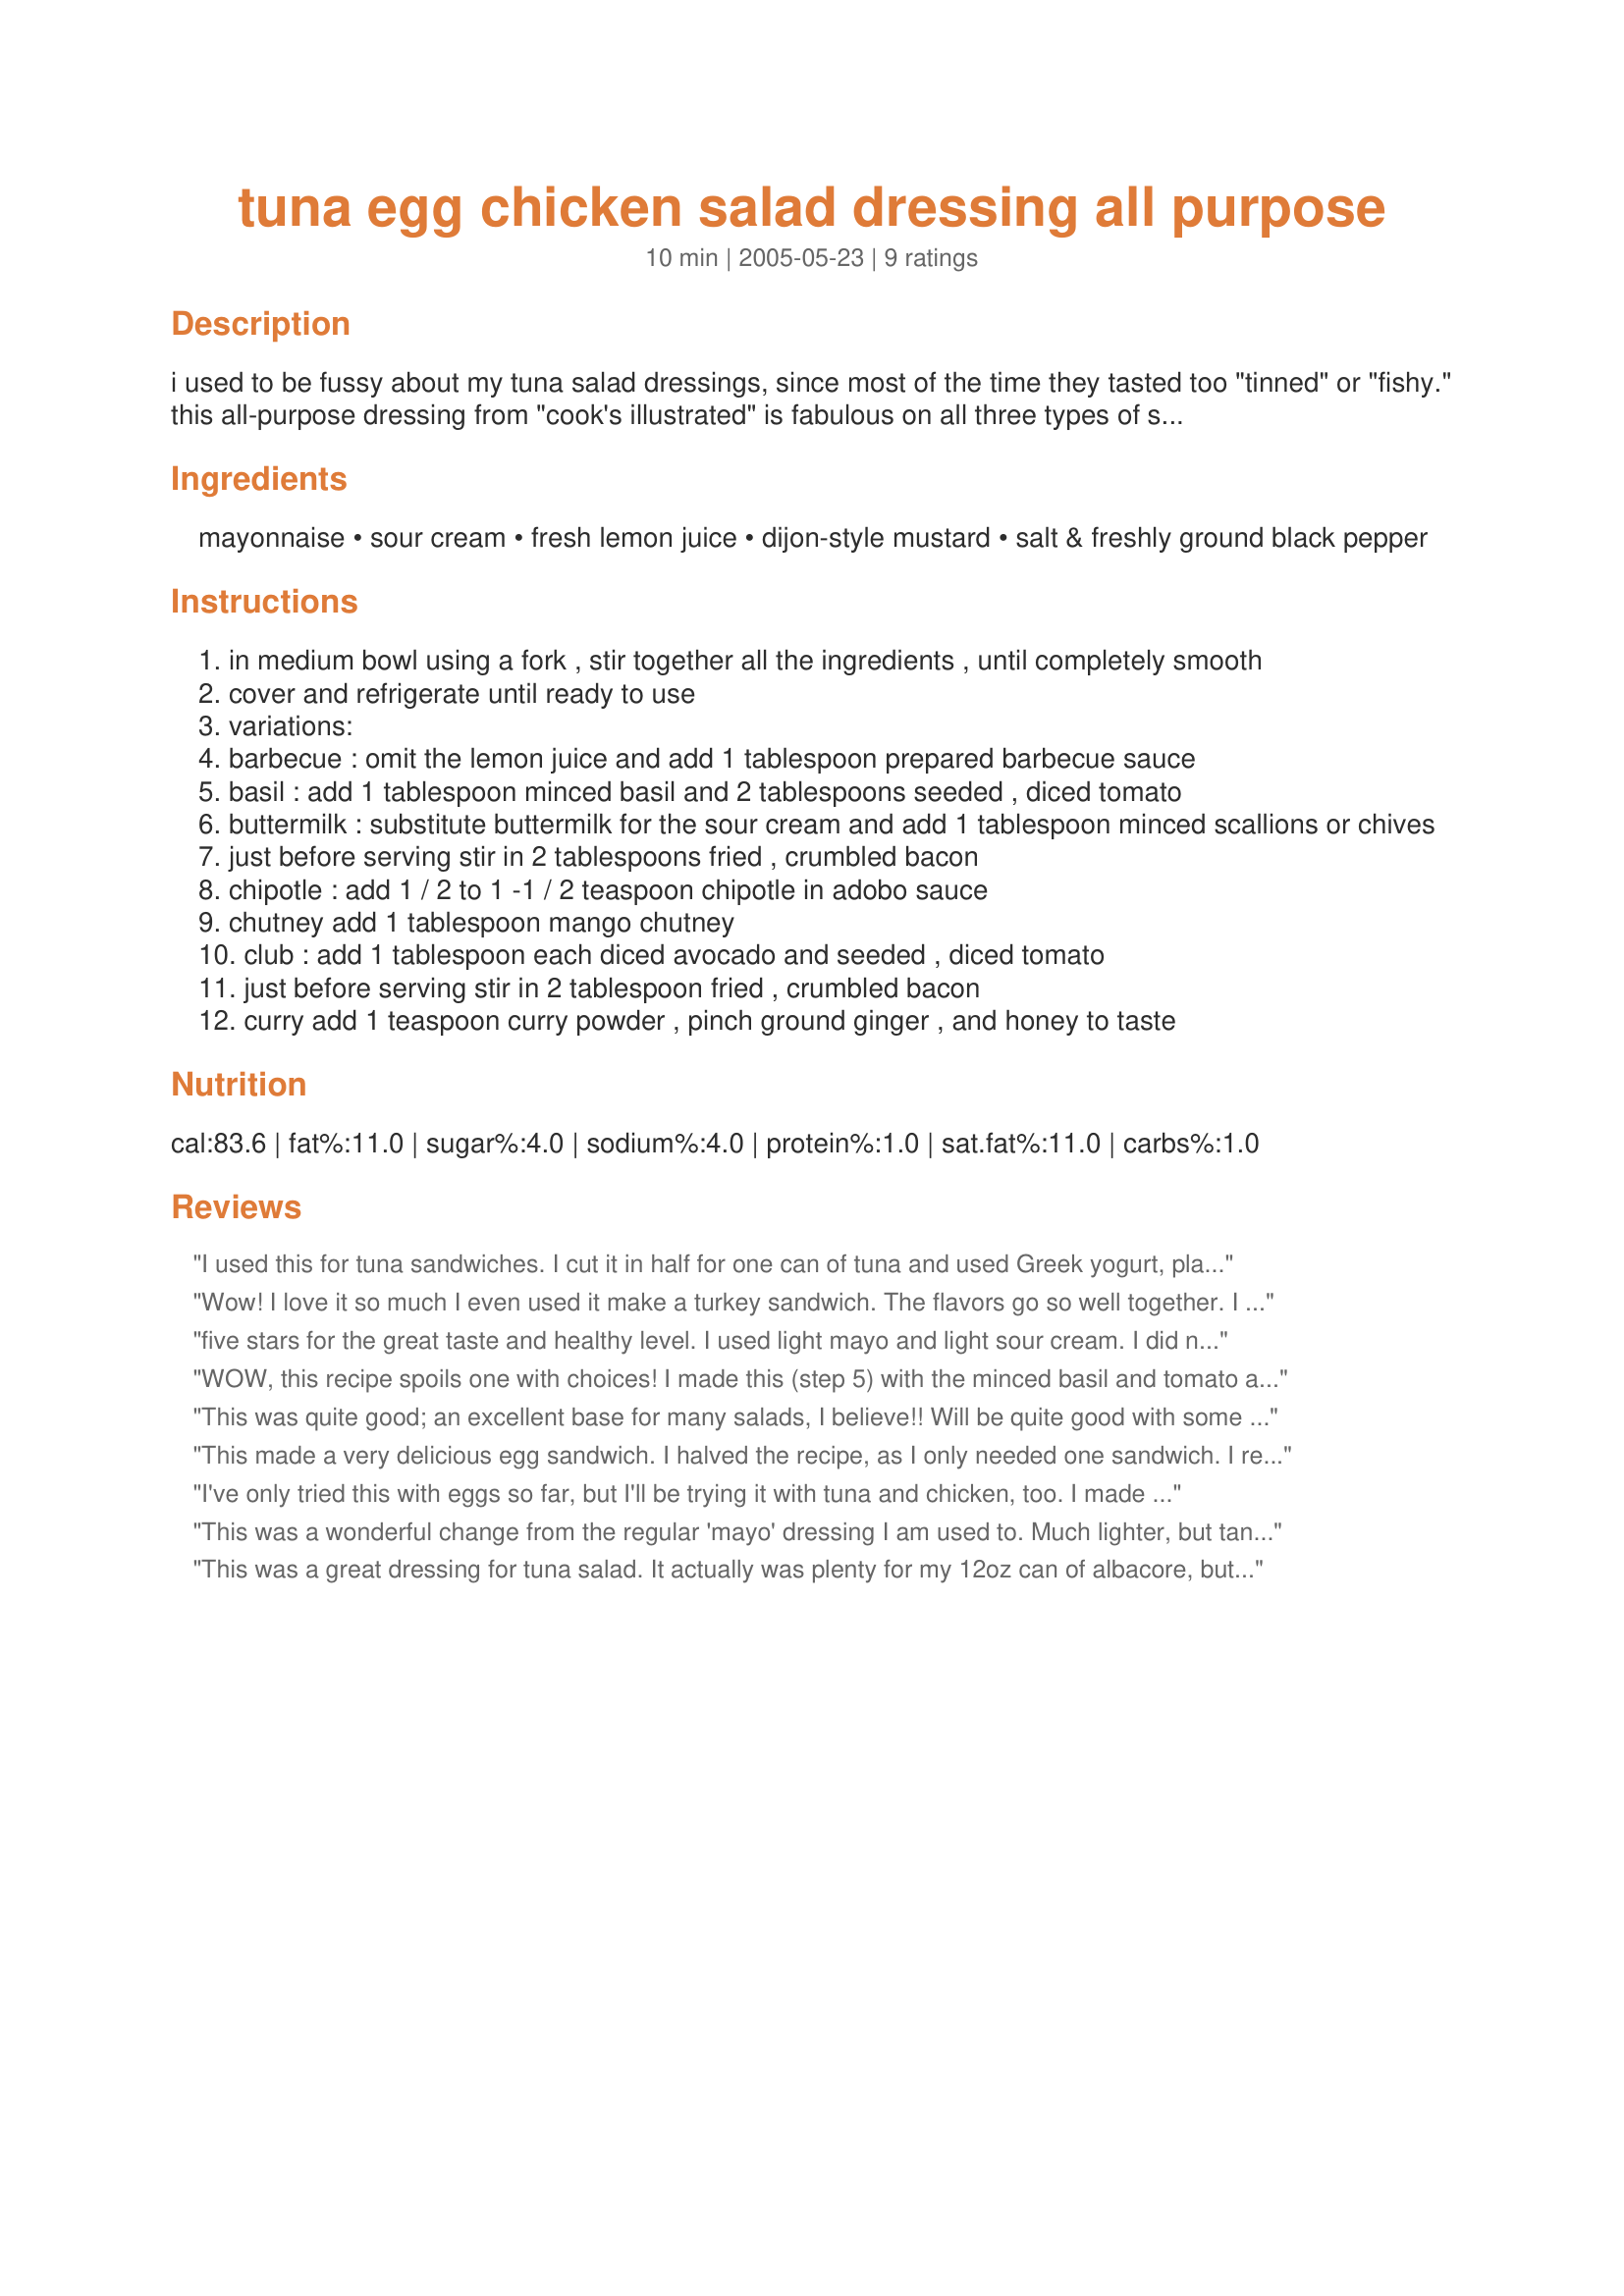
tuna egg chicken salad dressing all purpose
Preparation time: 10 minutes

i used to be fussy about my tuna salad dressings, since most of the time they tasted too "tinned" or "fishy." this all-purpose dressing from "cook's illustrated" is fabulous on all three types of sandwich fillings. listed are the variations suggested for each filling. recipe makes 1/4 cup (enough for one 6 ounce can tuna) but can be doubled or tripled.

Ingredients:
mayonnaise, sour cream, fresh lemon juice, dijon-style mustard, salt & freshly ground black pepper

Steps:
in medium bowl using a fork , stir together all the ingredients , until completely smooth
cover and refrigerate until ready to use
variations:
barbecue : omit the lemon juice and add 1 tablespoon prepared barbecue sauce
basil : add 1 tablespoon minced basil and 2 tablespoons seeded , diced tomato
buttermilk : substitute buttermilk for the sour cream and add 1 tablespoon minced scallions or chives
just before serving stir in 2 tablespoons fried , crumbled bacon
chipotle : add 1 / 2 to 1 -1 / 2 teaspoon chipotle in adobo sauce
chutney add 1 tablespoon mango chutney
club : add 1 tablespoon each diced avocado and seeded , diced tomato
just before serving stir in 2 tablespoon fried , crumbled bacon
curry add 1 teaspoon curry powder , pinch ground ginger , and honey to taste

Reviews:
I used this for tuna sandwiches. I cut it in half for one can of tuna and used Greek yogurt, plain mustard as we're not mustard fans. I found I was out of honey but added a bit of Splenda. I loved it! I had never thought of adding a bit of sweetness to "any type" salad fillings, but I think it will become my secret ingredient. I just dumped everything in with the tuna and next time I will mix up the dressing first and let it meld for awhile in the refrigerator. I might just have to buy a jar of Dijon mustard...now that's a FIRST!
Wow! I love it so much I even used it make a turkey sandwich. The flavors go so well together. I am never going to want plain mayo again.
five stars for the great taste and healthy level. I used light mayo and light sour cream. I did not use dijon-style mustard instead I put in 2 teaspoon of honey. It taste so good. My DH said it tasted like the Tequilaberry salad dressing that we used to have in Minnesota! but it is has less calories in it. Thanks for the great dressing recipe! We are sick of Ranch and this is a good one.
WOW, this recipe spoils one with choices! I made this (step 5) with the minced basil and tomato and added one mashed boiled egg, to make some really upmarket egg and chicken sandwiches. I used Greek yoghurt and 1/2 teaspoon of mustard. Delicious, a really lovely blend of flavours, and I love the fact that it's so low fat. I'll be using this recipe often! Thank you so much for sharing it!


This was quite good; an excellent base for many salads, I believe!! Will be quite good with some extra added goodies for tuna, chicken or whatever I create in the future!!
This made a very delicious egg sandwich. I halved the recipe, as I only needed one sandwich. I really enjoyed the combination of flavours.
I've only tried this with eggs so far, but I'll be trying it with tuna and chicken, too. I made it plain the first time, and then I added some basil. Both were excellent--and I had no idea that basil was such a lovely addition to egg salad! I look forward to trying all the variations of this versatile recipe. Thanks for posting!
This was a wonderful change from the regular 'mayo' dressing I am used to. Much lighter, but tangy and delicious. Perfect.
This was a great dressing for tuna salad. It actually was plenty for my 12oz can of albacore, but I don't like my tuna too wet - so it was perfect! Thanks for sharing!!!
